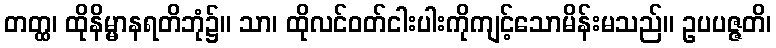
တတ္ထ၊ ထိုနိမ္မာနရတိဘုံ၌။ သာ၊ ထိုလင်ဝတ်ငါးပါးကိုကျင့်သောမိန်းမသည်။ ဥပပဇ္ဇတိ၊